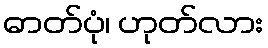
ဓာတ်ပုံ၊ ဟုတ်လား